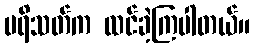
ပရိသတ်က ထင်ခဲ့ကြပါတယ်။